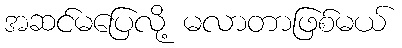
အဆင်မပြေလို့ မလာတာဖြစ်မယ်